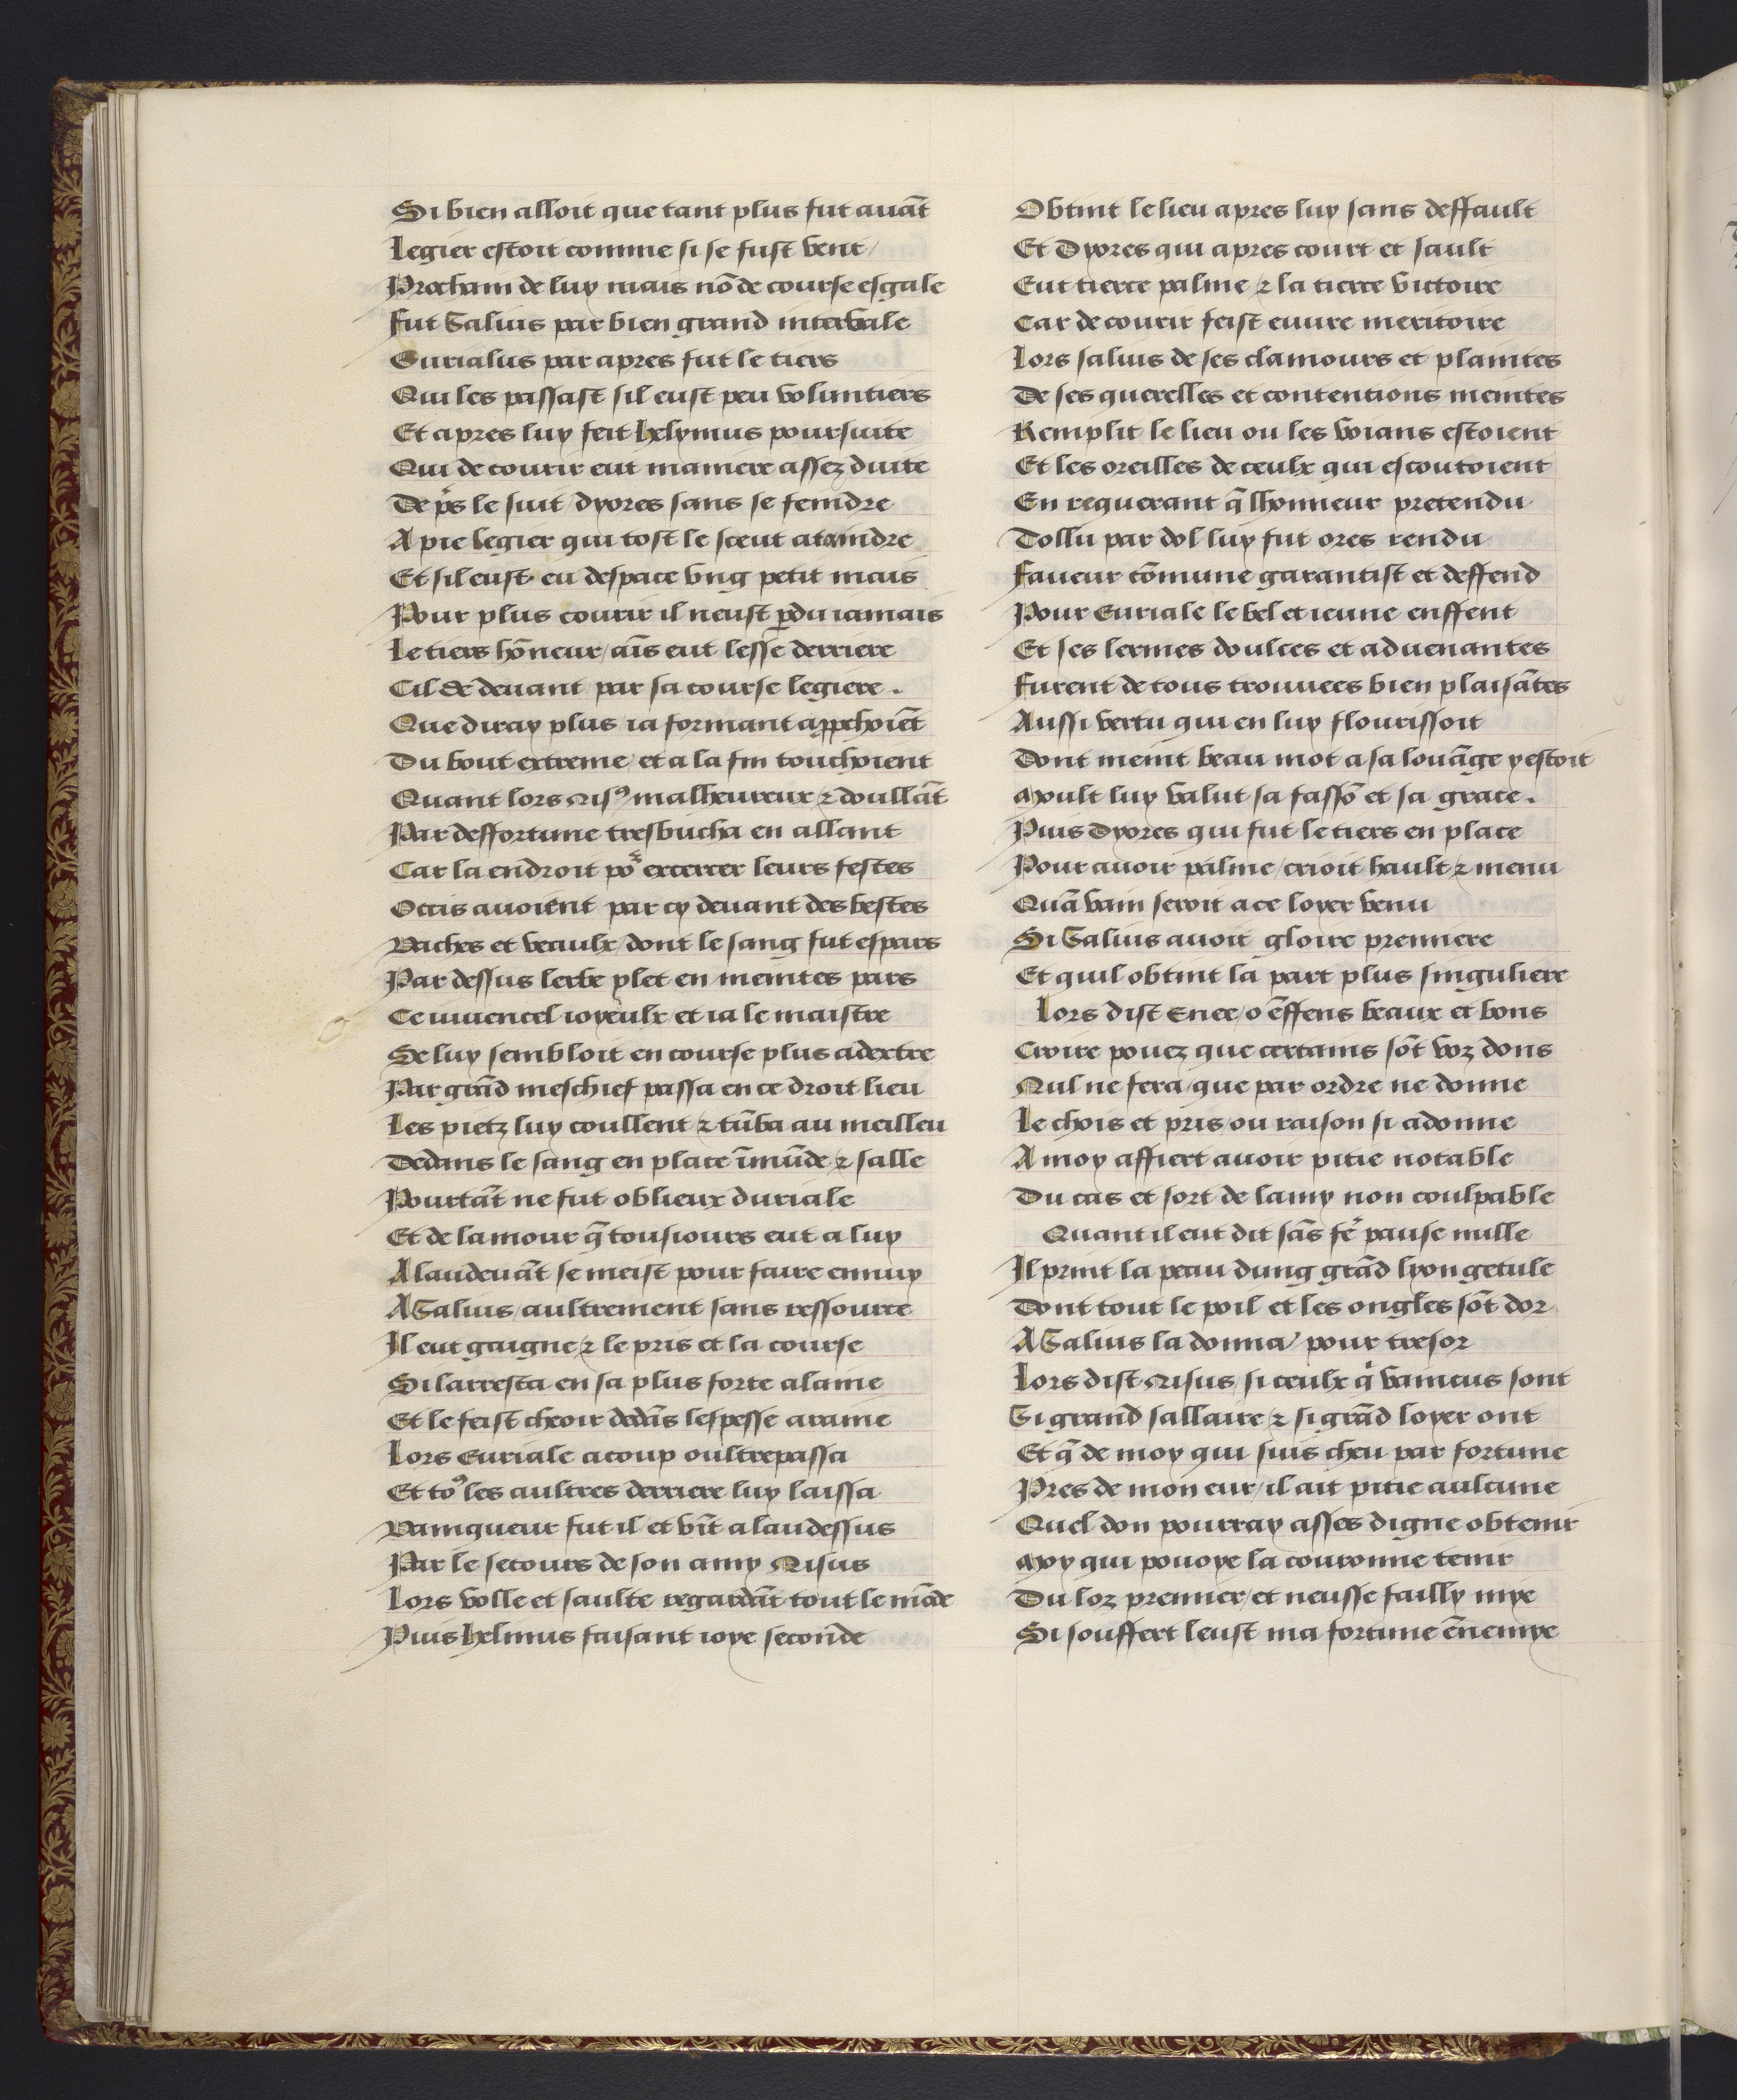
Shelfmark: Philadelphia, University of Pennsylvania, codex 909
Century: 15